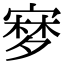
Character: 𡪎